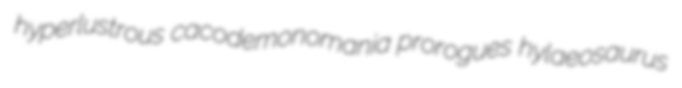
hyperlustrous cacodemonomania prorogues hylaeosaurus